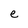
Character: e